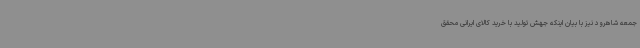
جمعه شاهرود نیز با بیان اینکه جهش تولید با خرید کالای ایرانی محقق